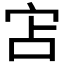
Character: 𭓥